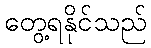
တွေ့ရနိုင်သည်